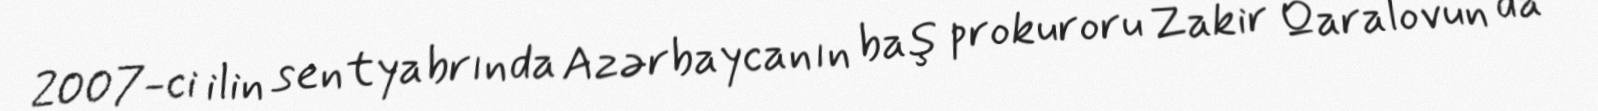
2007-ci ilin sentyabrında Azərbaycanın baş prokuroru Zakir Qaralovun da